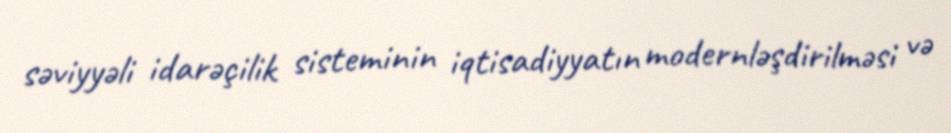
səviyyəli idarəçilik sisteminin iqtisadiyyatın modernləşdirilməsi və